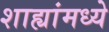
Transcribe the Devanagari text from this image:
शाह्यांमध्ये